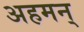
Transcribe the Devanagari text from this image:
अहमन्